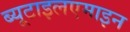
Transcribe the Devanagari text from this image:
ब्यूटाइलएमाइन